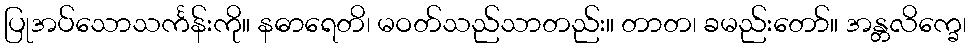
ပြုအပ်သောသင်္ကန်းကို။ နဓာရေတိ၊ မဝတ်သည်သာတည်း။ တာတ၊ ခမည်းတော်။ အန္တလိက္ခေ၊